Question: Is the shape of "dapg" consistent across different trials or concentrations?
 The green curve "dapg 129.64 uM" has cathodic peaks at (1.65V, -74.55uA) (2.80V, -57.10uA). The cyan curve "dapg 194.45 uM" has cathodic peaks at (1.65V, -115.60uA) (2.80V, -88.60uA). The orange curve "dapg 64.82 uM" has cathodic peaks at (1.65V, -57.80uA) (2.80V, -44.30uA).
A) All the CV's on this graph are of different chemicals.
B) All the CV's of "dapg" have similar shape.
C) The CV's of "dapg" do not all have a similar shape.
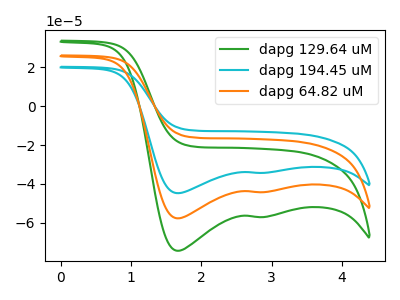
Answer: <think>All the peaks in "dapg 129.64 uM" have a peak in "dapg 194.45 uM" at the same potential. Every peak in "dapg 129.64 uM" is lower than every peak in "dapg 194.45 uM". All the peaks in "dapg 129.64 uM" have a peak in "dapg 64.82 uM" at the same potential. Every peak in "dapg 129.64 uM" is higher than every peak in "dapg 64.82 uM". All the peaks in "dapg 194.45 uM" have a peak in "dapg 64.82 uM" at the same potential. Every peak in "dapg 194.45 uM" is higher than every peak in "dapg 64.82 uM".
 </think>
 <answer>B) All the CV's of "dapg" have similar shape.</answer>
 <eval>B</eval>